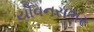
યૌવનસભર